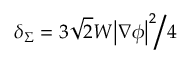
{ \delta _ { \Sigma } } = { { 3 \sqrt 2 W { { \left| { \nabla \phi } \right| } ^ { 2 } } } \mathord { \left/ { \vphantom { { 3 \sqrt 2 W { { \left| { \nabla \phi } \right| } ^ { 2 } } } 4 } } \right. \kern - \nulldelimiterspace } 4 }